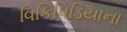
વિકિપિડિયાના